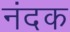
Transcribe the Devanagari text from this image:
नंदक